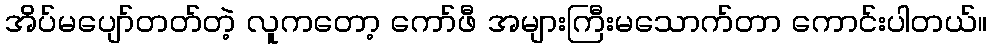
အိပ်မပျော်တတ်တဲ့ လူကတော့ ကော်ဖီ အများကြီးမသောက်တာ ကောင်းပါတယ်။